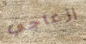
إزعاجي